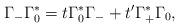
LaTeX: \begin{align*}\Gamma_- \Gamma_0^* = t \Gamma_0^* \Gamma_- + t^\prime \Gamma_+^* \Gamma_0,\end{align*}